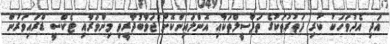
އަދި އެދުވަހަކު ކުރި ދަތުރުތަކުގެ ތަފްސީލްތަކާއި އޮންލައިންކޮށް ޖަވާބުދާރީވި މިންވަރާއި ޓެކްސީ ޑްރައިވަރުން